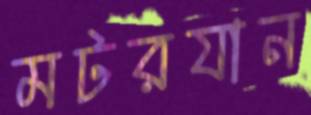
মটরযান